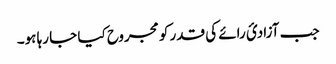
جب آزادیٔ رائے کی قدر کو مجروح کیا جا رہا ہو۔